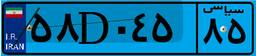
۵۸D۰۴۵۸۵